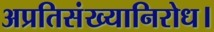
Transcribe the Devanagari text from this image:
अप्रतिसंख्यानिरोध।